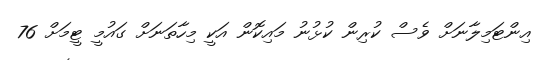
އިންޓަމިލާނަށް ވެސް ކުރިން ކުޅުނު މައިކޮން އަކީ މިހާތަނަށް ގައުމީ ޓީމަށް 76